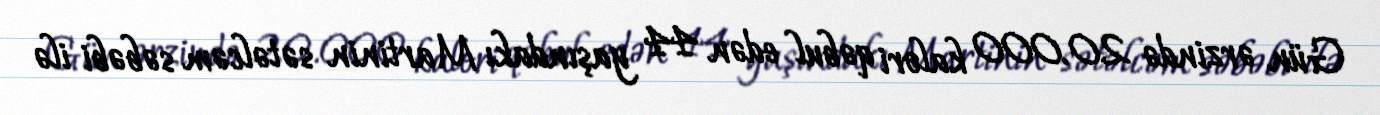
Gün ərzində 20.000 kalori qəbul edən 44 yaşındakı Martinin sətəlcəm səbəbi ilə